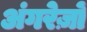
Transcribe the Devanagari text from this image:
अंगरेज़ों